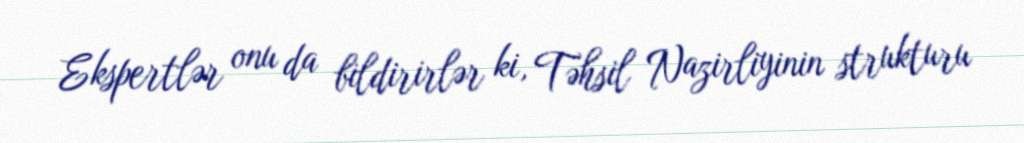
Ekspertlər onu da bildirirlər ki, Təhsil Nazirliyinin strukturu